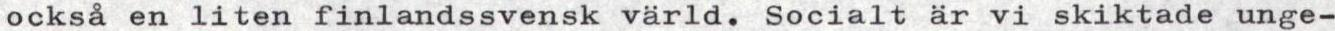
också en liten finlandssvensk värld. Socialt är vi skiktade unge-